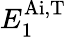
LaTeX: E_{1}^{\mathrm{Ai,T}}